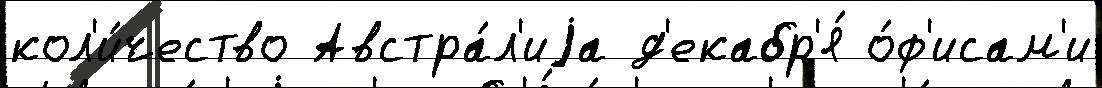
кол'и́чество Австра́л'иjа д'екабр'я́ о́ф'исам'и